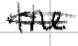
Text: the
Cross-out: double-line
Writing tool: digital_black